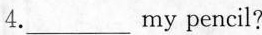
4. ___ my pencil?